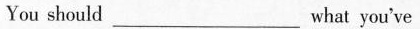
You should_what you've